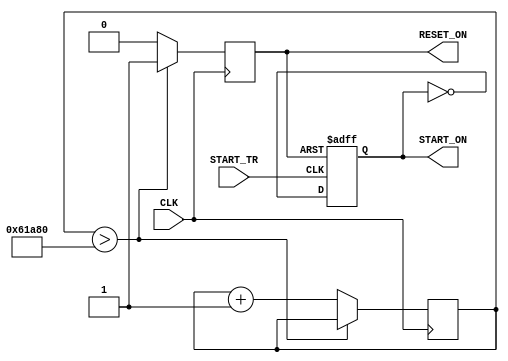
module RESET_DELAY_ON (
input   CLK ,
input   START_TR , 
output  reg	RESET_ON ,
output  reg	START_ON 

) ; 
reg   [31:0] RESET_CNT   ; 
//--delay cnt 
always @( posedge  	CLK   ) if ( RESET_CNT  > 400000 )  begin  RESET_ON <= 1;  end 
else begin RESET_ON <= 0; RESET_CNT <=RESET_CNT+1 ;   end

// MTL2 _BUFFER WRITE ON -OFF 
always @( negedge RESET_ON or  posedge START_TR )  
if ( !RESET_ON )  START_ON <=1 ; 
else 
        START_ON <=~ START_ON; 
		  
endmodule